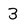
Character: 3